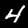
Label: 4